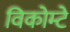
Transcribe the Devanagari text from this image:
विकोम्‍टे